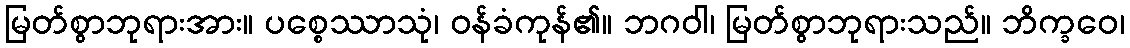
မြတ်စွာဘုရားအား။ ပစ္စေဿာသုံ၊ ဝန်ခံကုန်၏။ ဘဂဝါ၊ မြတ်စွာဘုရားသည်။ ဘိက္ခဝေ၊